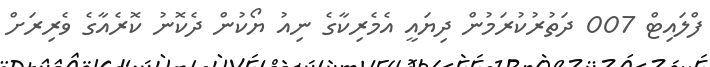
ފްލައިޓް 007 ދަތުރުކުރަމުން ދިޔައީ އެމެރިކާގެ ނިއު ޔޯކުން ދެކޮނު ކޮރެއާގެ ވެރިރަށް